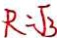
R = \sqrt { 3 }